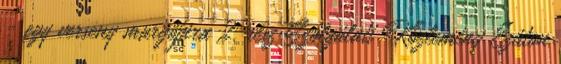
- egy verseny margójára 2. rész Szolgálati Közlemény Ezúton